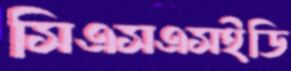
সিএসএসইডি